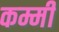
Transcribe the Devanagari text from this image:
कम्मी